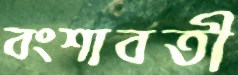
বংশাবতী